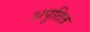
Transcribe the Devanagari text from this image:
अपूतित